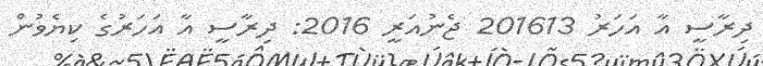
ދިރާސީ އާ އަހަރު 201613 ޖެނުއަރީ 2016: ދިރާސީ އާ އަހަރުގެ ކިޔެވުން